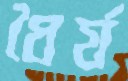
ধৈর্য